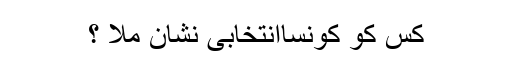
کس کو کونساانتخابی نشان ملا ؟